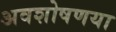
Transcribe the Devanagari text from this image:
अवशोषणया